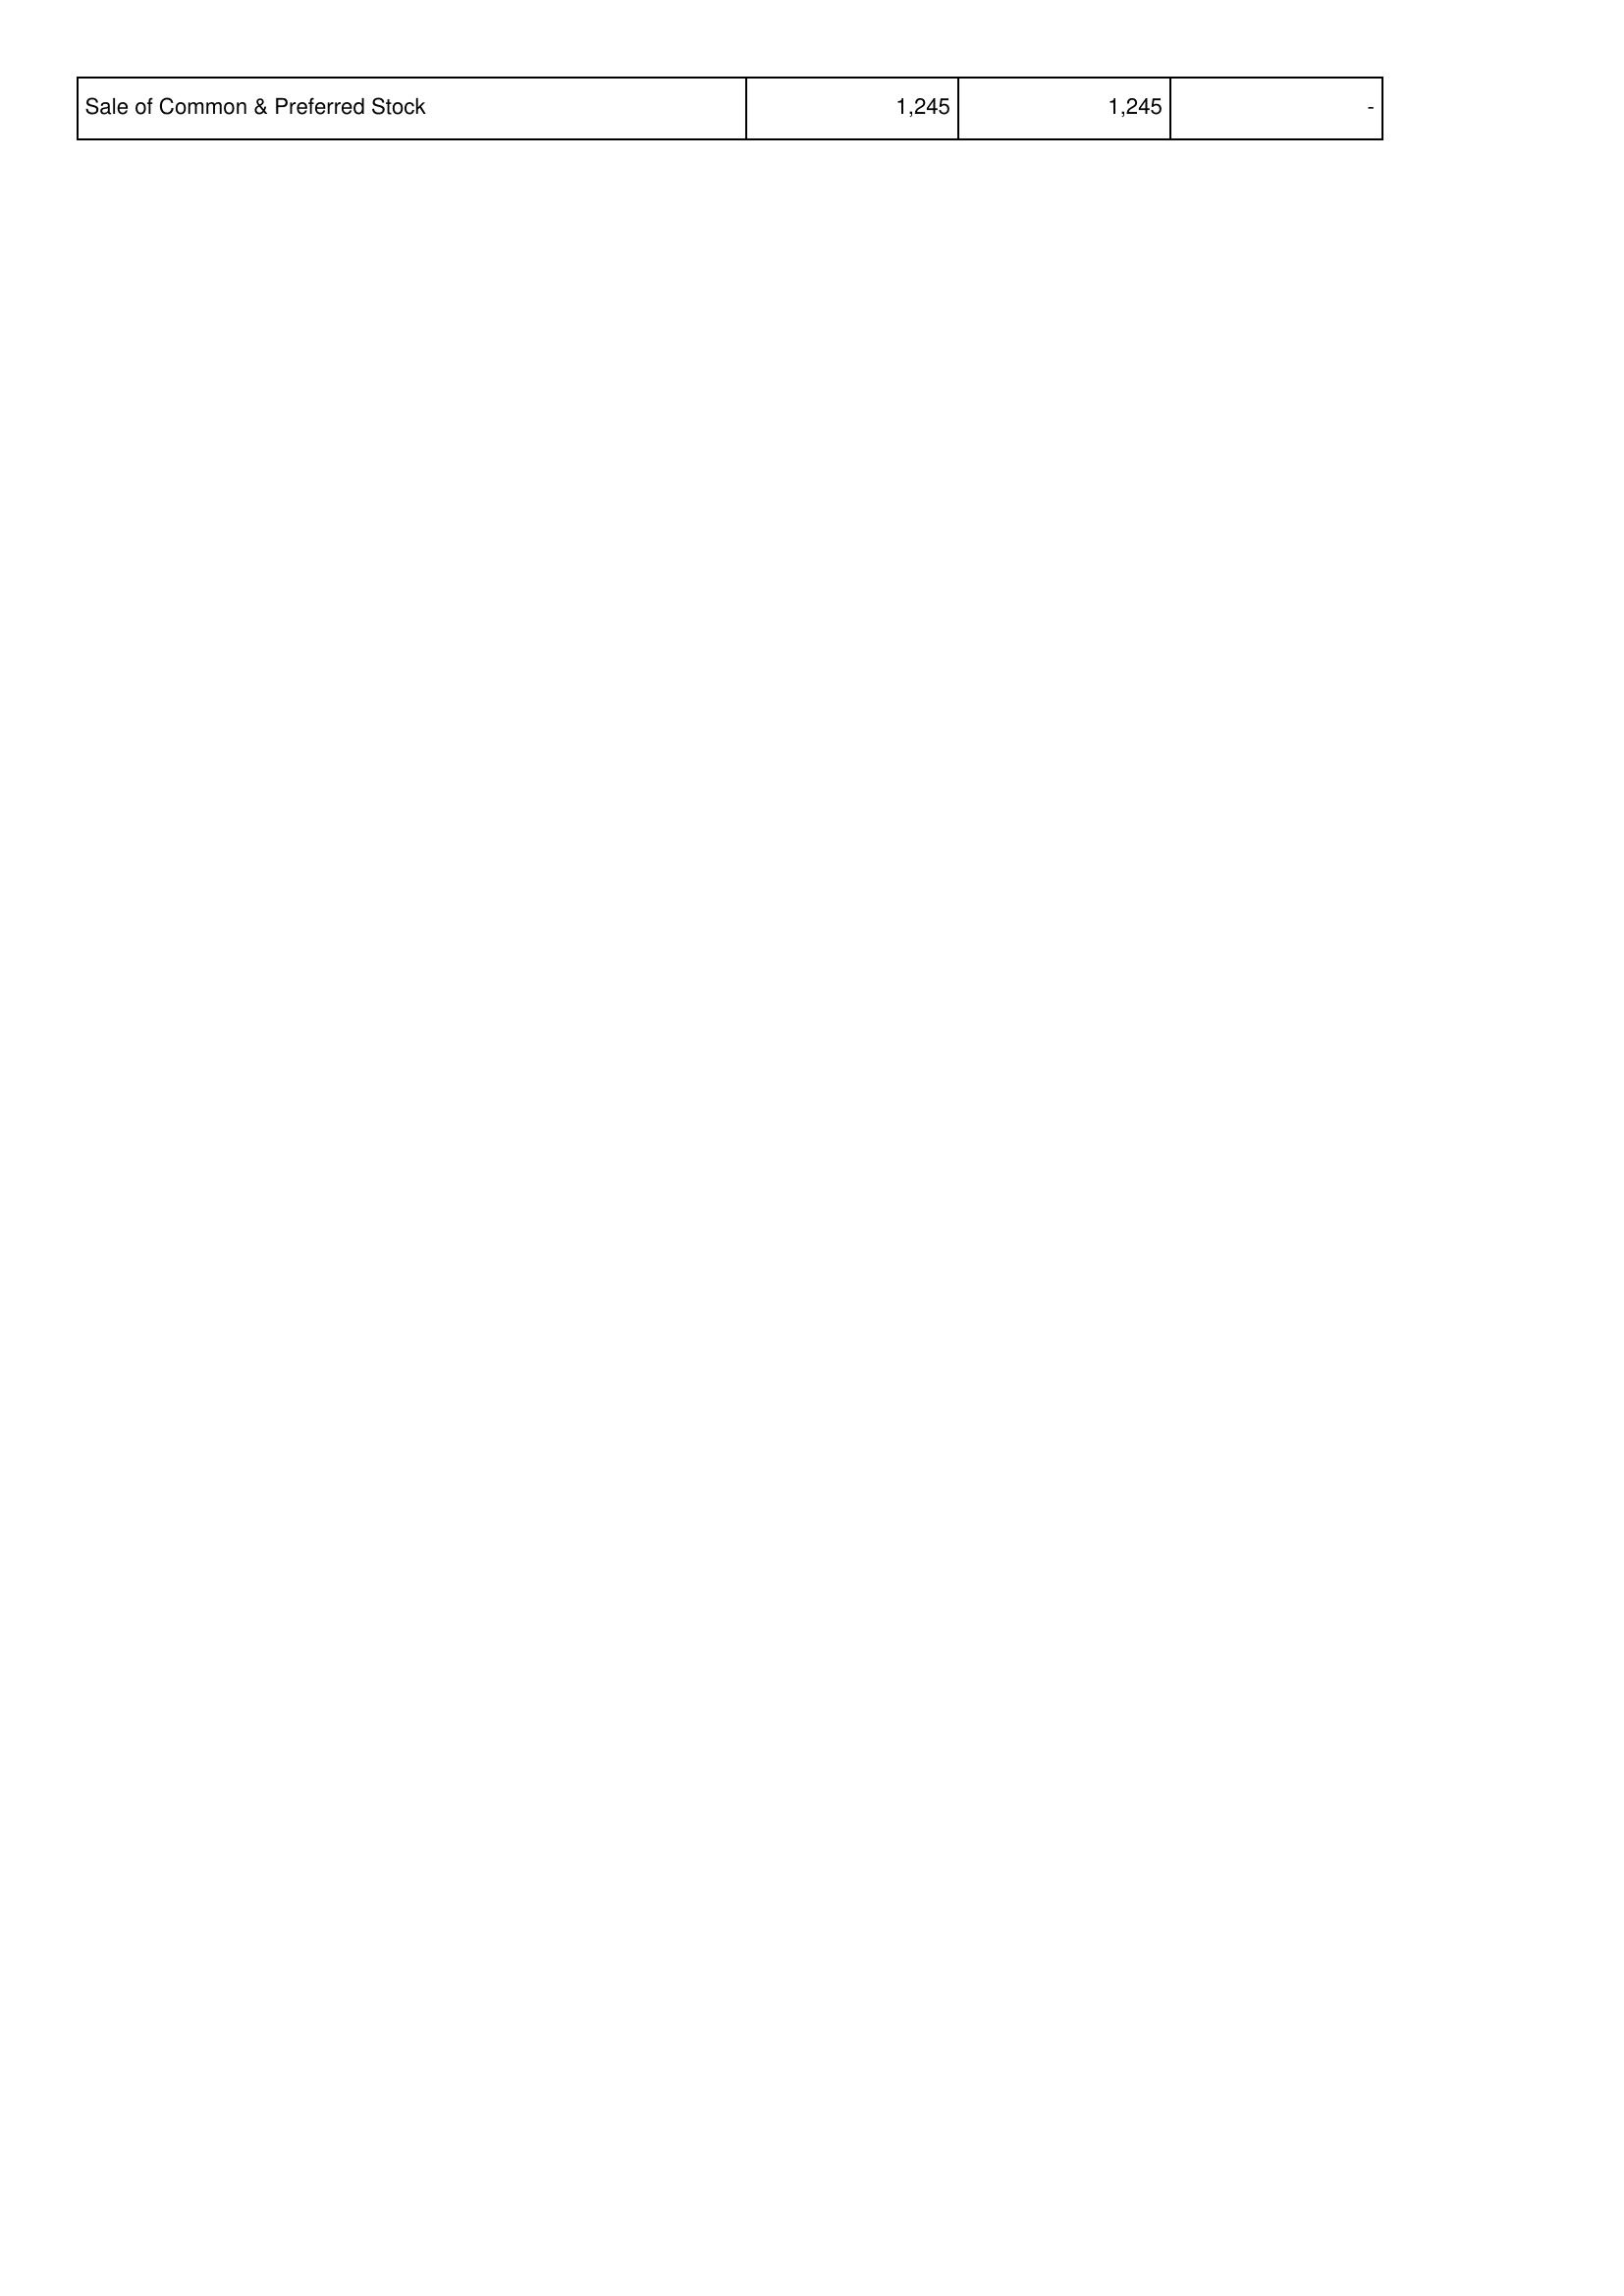
2016: Financing Activities: Sale of Common & Preferred Stock: 1,245
2015: Financing Activities: Sale of Common & Preferred Stock: 1,245
2014: Financing Activities: Sale of Common & Preferred Stock: -